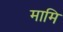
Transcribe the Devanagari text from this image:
मामि